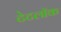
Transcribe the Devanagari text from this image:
टेटलॉक